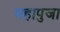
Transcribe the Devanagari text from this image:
महापुजा